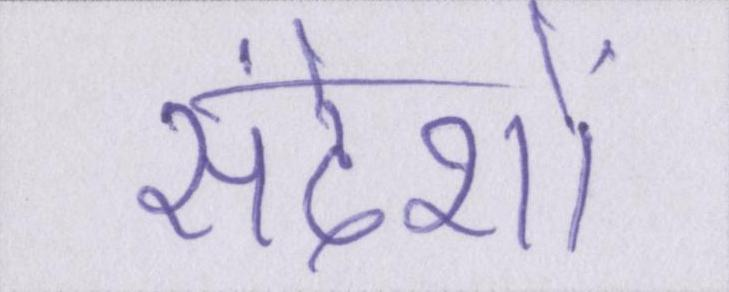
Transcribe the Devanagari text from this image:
संदेशों